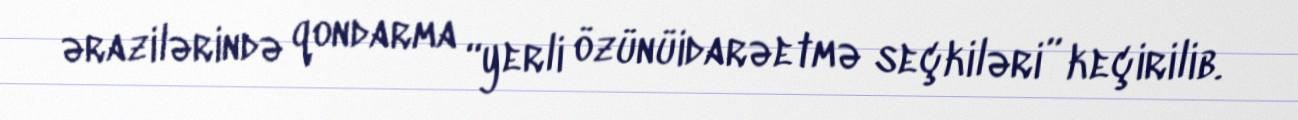
ərazilərində qondarma “yerli özünüidarəetmə seçkiləri” keçirilib.